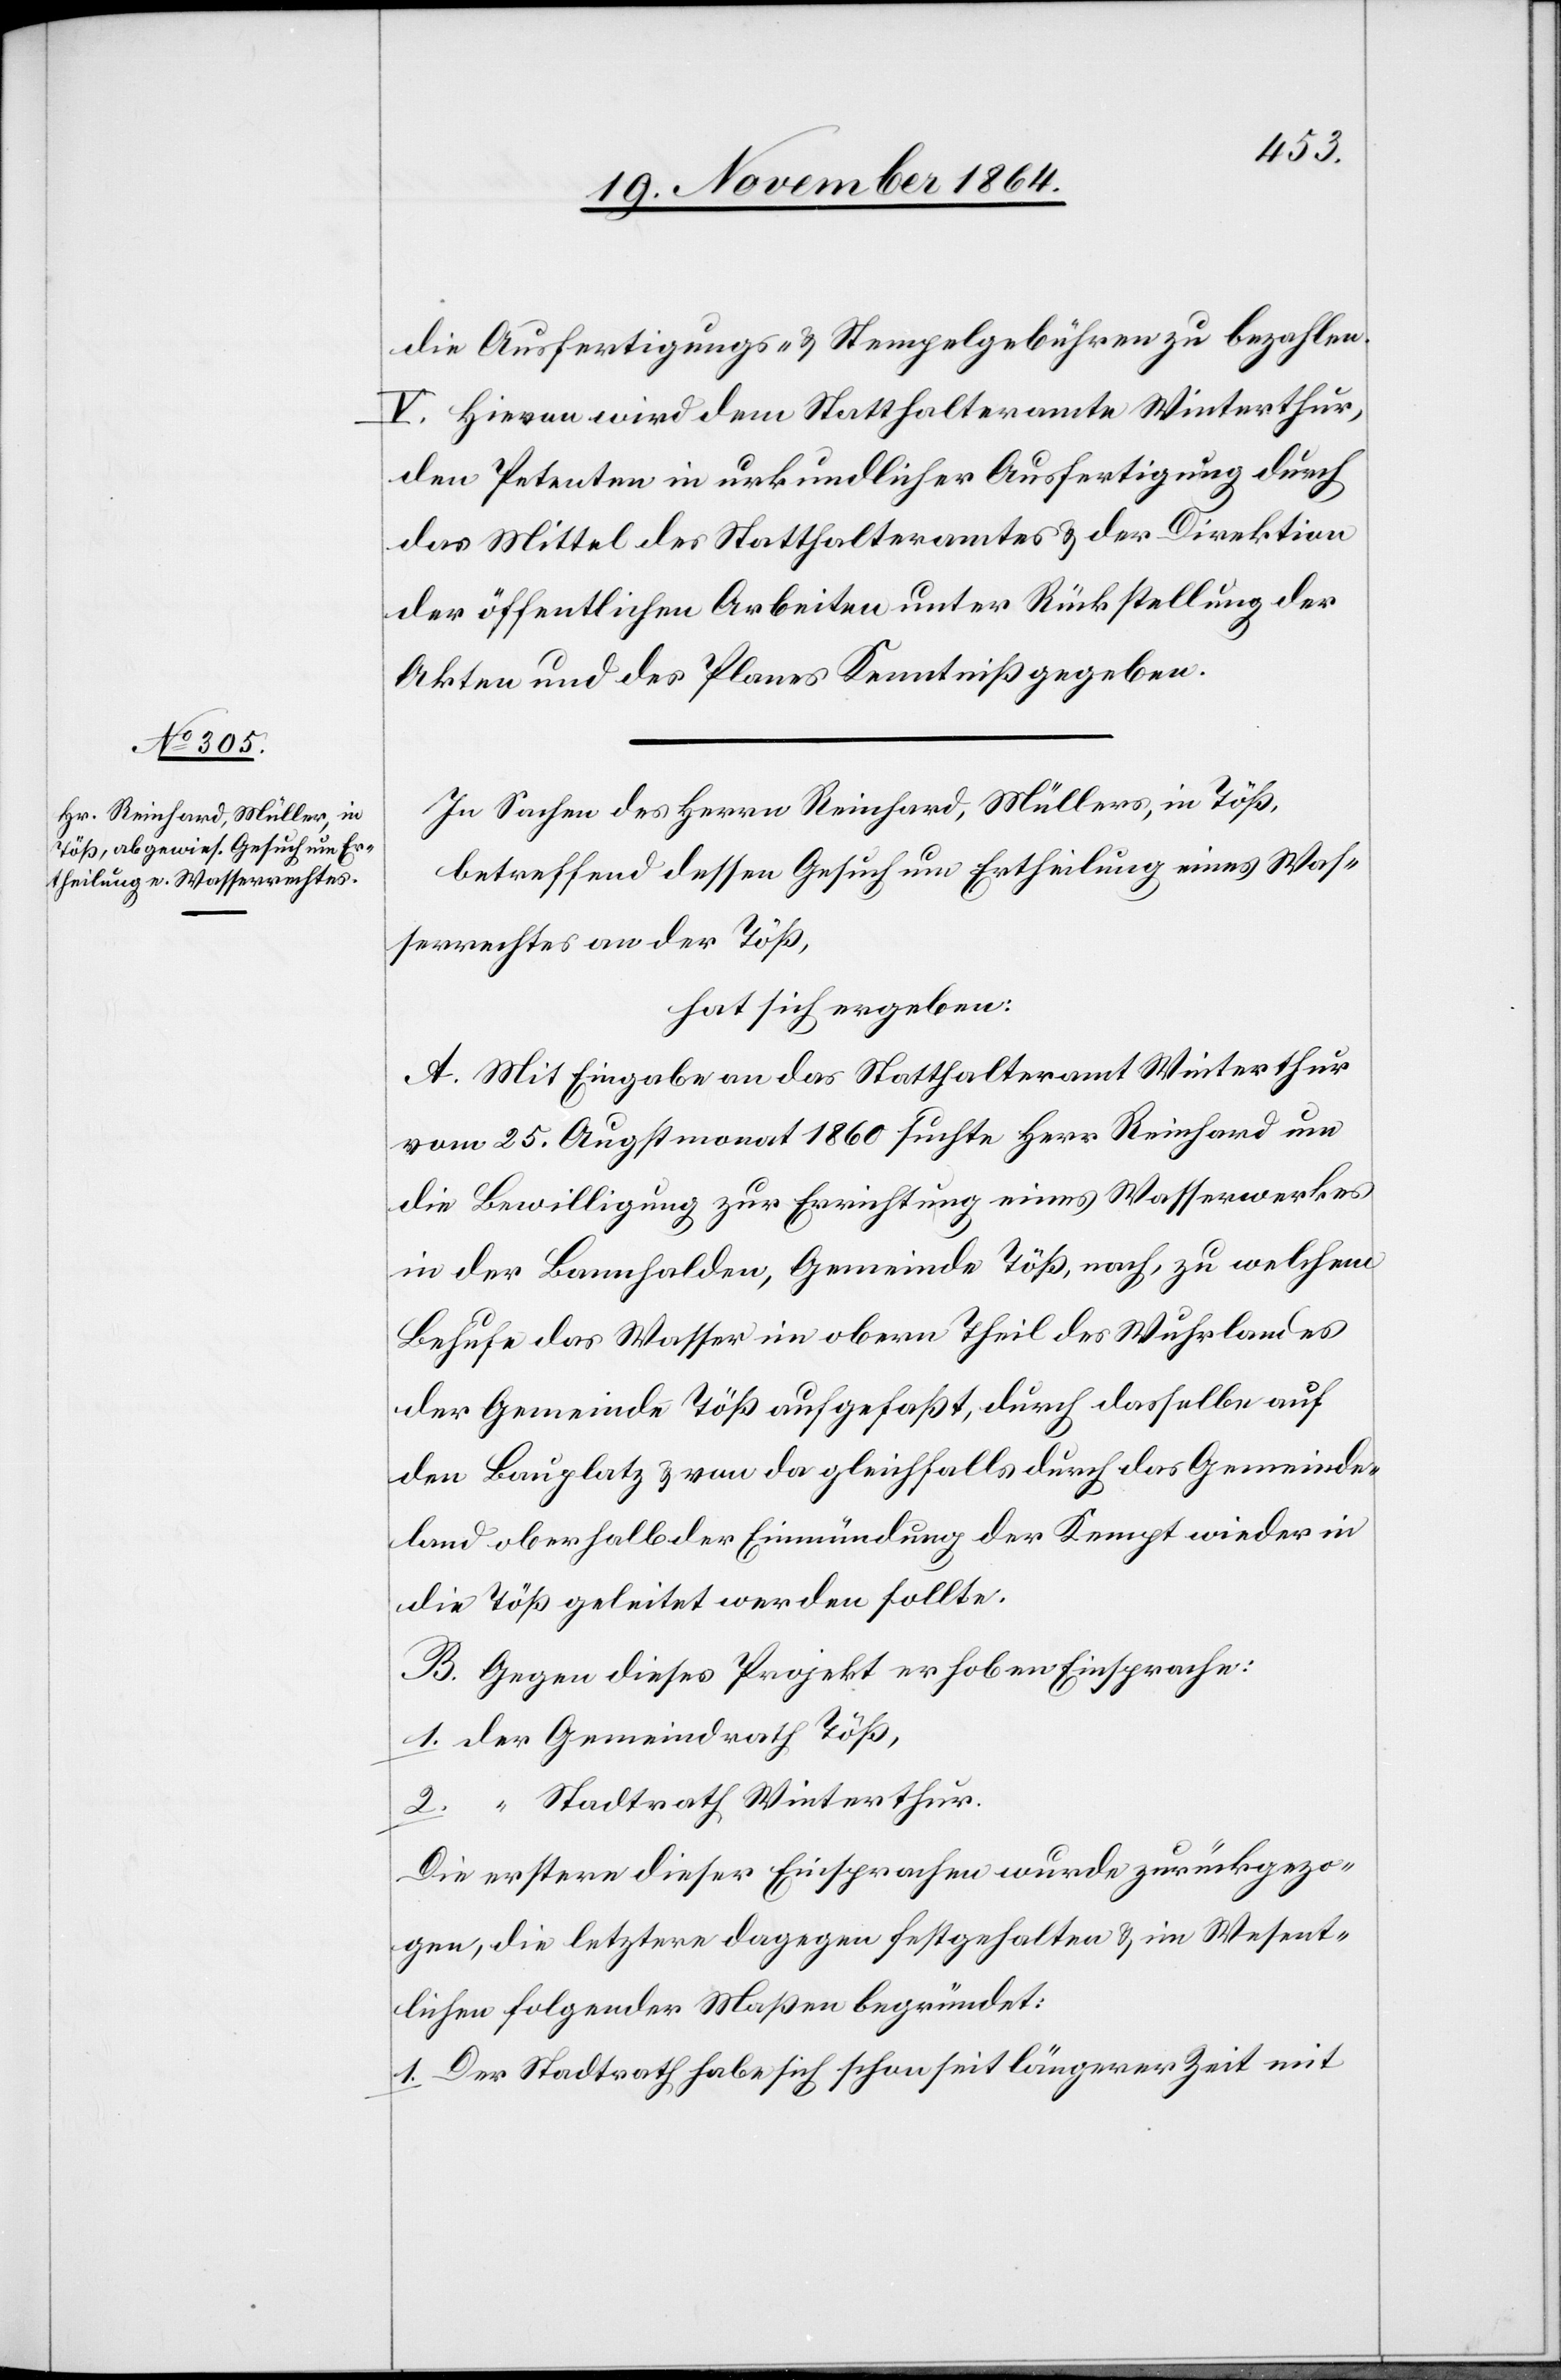
die Ausfertigungs- & Stempelgebühren zu bezahlen.
V. Hievon wird dem Statthalteramte Winterthur,
dem Petenten in urkundlicher Ausfertigung durch
das Mittel des Statthalteramtes & der Direktion
der öffentlichen Arbeiten unter Rückstellung der
Akten und des Planes Kenntniß gegeben.
In Sachen des Herrn Reinhard, Müllers, in Töß,
betreffend dessen Gesuch um Ertheilung eines Was¬
serrecht an der Töß,
hat sich ergeben:
A. Mit Eingabe an das Statthalteramt Winterthur
vom 25. Augstmonat 1860 suchte Herr Reinhard um
die Bewilligung zur Errichtung eines Wasserwerkes
in der Bannhalden, Gemeinde Töß, nach, zu welchem
Behufe das Wasser im obern Theil des Wuhrlandes
der Gemeinde Töß aufgefaßt, durch dasselbe auf
den Bauplatz & von da gleichfalls durch das Gemeinde¬
land oberhalb der Einmündung der Kempt wieder in
die Töß geleitet werden sollte.
B. Gegen dieses Projekt erhoben Einsprache:
1. der Gemeindrath Töß,
2. “ Stadtrath Winterthur.
Die erstere dieser Einsprachen wurde zurückgezo¬
gen, die letztere dagegen festgehalten & im Wesent¬
lichen folgender Maßen begründet:
1. Der Stadtrath habe sich schon seit längerer Zeit mit